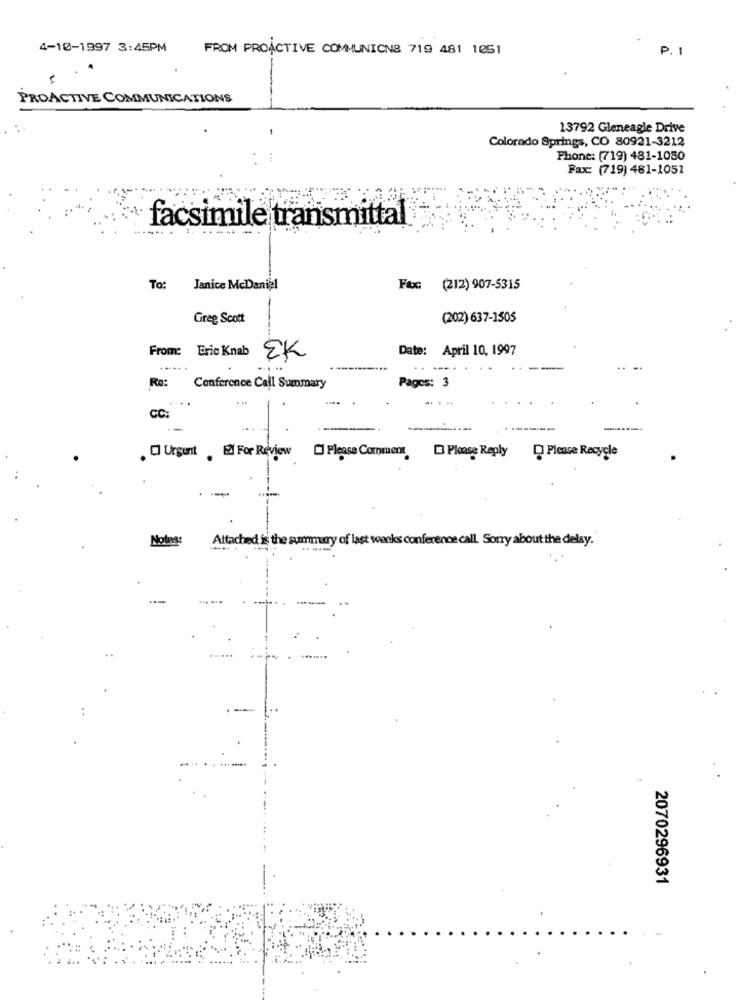
4-10-1997 3:45PM
FROM PROACTIVE COMMUNICNS 719 481 1051
P. 1
PROACTIVE COMMUNICATIONS
13792 Gleneagle Drive
Colorado Springs, CO 80921-3212
Phone: (719) 481-1050
Fax: (719) 481-1051
facsimile transmittal
To: Janice McDaniel
Fax: (212) 907-5315
Greg Scott
(202) 637-1505
Date: April 10, 1997
From: Eric Knab EK
--------...
..-..
Re:
Conference Call Summary
Pages: 3
..
-.
....
CC:
--
---
. [ Urgent . EX For Review [] Please Comment, [ Please Reply - Please Recycle
-
Notes:
Attached is the summary of last weeks conference call. Sorry about the delay.
--
2070296931